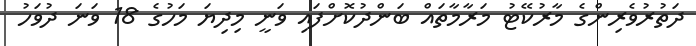
ދަތުރުވެރިންގެ މާރުކޭޓު މަރާމާތައް ބަންދުކޮށްފައި ވަނީ މިދިޔަ މަހުގެ 18 ވަނަ ދުވަހު